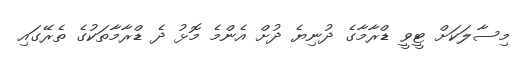
މިސާލަކަށް ޓީވީ ޑްރާމާގެ ދުނިޔެ ދުށް އެންމެ މޮޅު ދެ ޑްރާމާތަކުގެ ތެރޭގައި